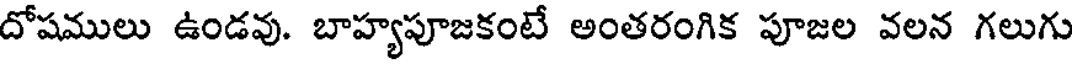
దోషములు ఉండవు. బాహ్యపూజకంటే అంతరంగిక పూజల వలన గలుగు